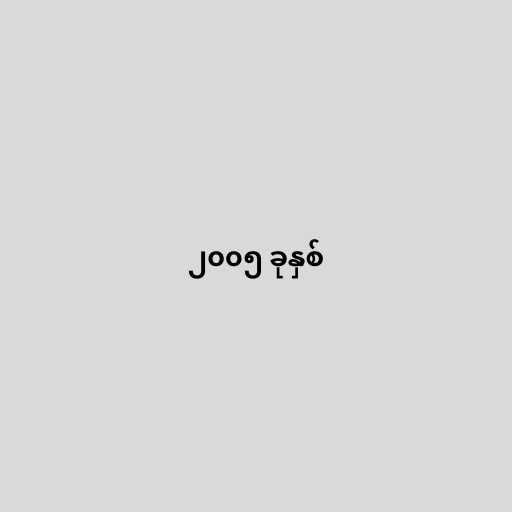
၂၀၀၅ ခုနှစ်